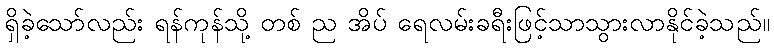
ရှိခဲ့သော်လည်း ရန်ကုန်သို့ တစ် ည အိပ် ရေလမ်းခရီးဖြင့်သာသွားလာနိုင်ခဲ့သည်။